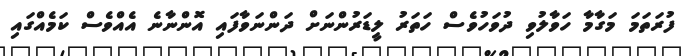
ފުރަތަމަ މަގާމާ ހަވާލުވި ދުވަހުވެސް ހަތަރު ލީޑަރުންނަށް ދަންނަވާފައި އޮންނާނެ އެއްވެސް ކަމެއްގައި